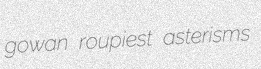
gowan roupiest asterisms